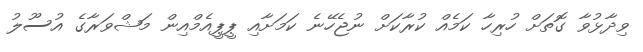
ވިދާޅުވާ ގޮތަށް ހުރިހާ ކަމެއް ކުރާކަށް ނުޖެހޭނެ ކަމަށާއި ޕީޕީއެމްއިން މަޝްވަރާގެ އުސޫލު